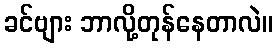
ခင်ဗျား ဘာလို့တုန်နေတာလဲ။